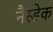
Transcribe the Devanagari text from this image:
नैस्डेक